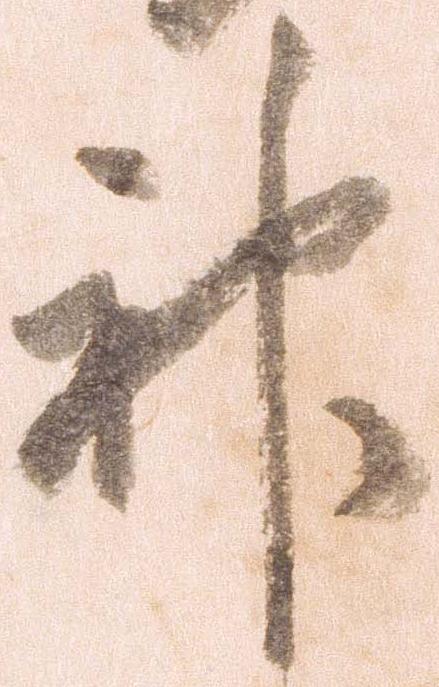
神